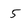
Character: 5